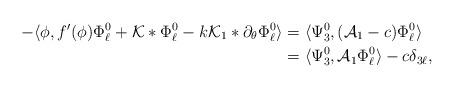
LaTeX: \begin{align*}-\langle \phi,f'(\phi)\Phi_{\ell}^{0} + \mathcal{K}*\Phi_{\ell}^{0} - k\mathcal{K}_{1}*\partial_{\theta}\Phi_{\ell}^{0}\rangle &= \langle \Psi_{3}^{0},(\mathcal{A}_{1} - c)\Phi_{\ell}^{0}\rangle\\&= \langle\Psi_{3}^{0},\mathcal{A}_{1}\Phi_{\ell}^{0}\rangle - c\delta_{3\ell},\end{align*}